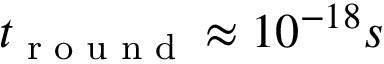
t _ { \textrm { r o u n d } } \approx 1 0 ^ { - 1 8 } s